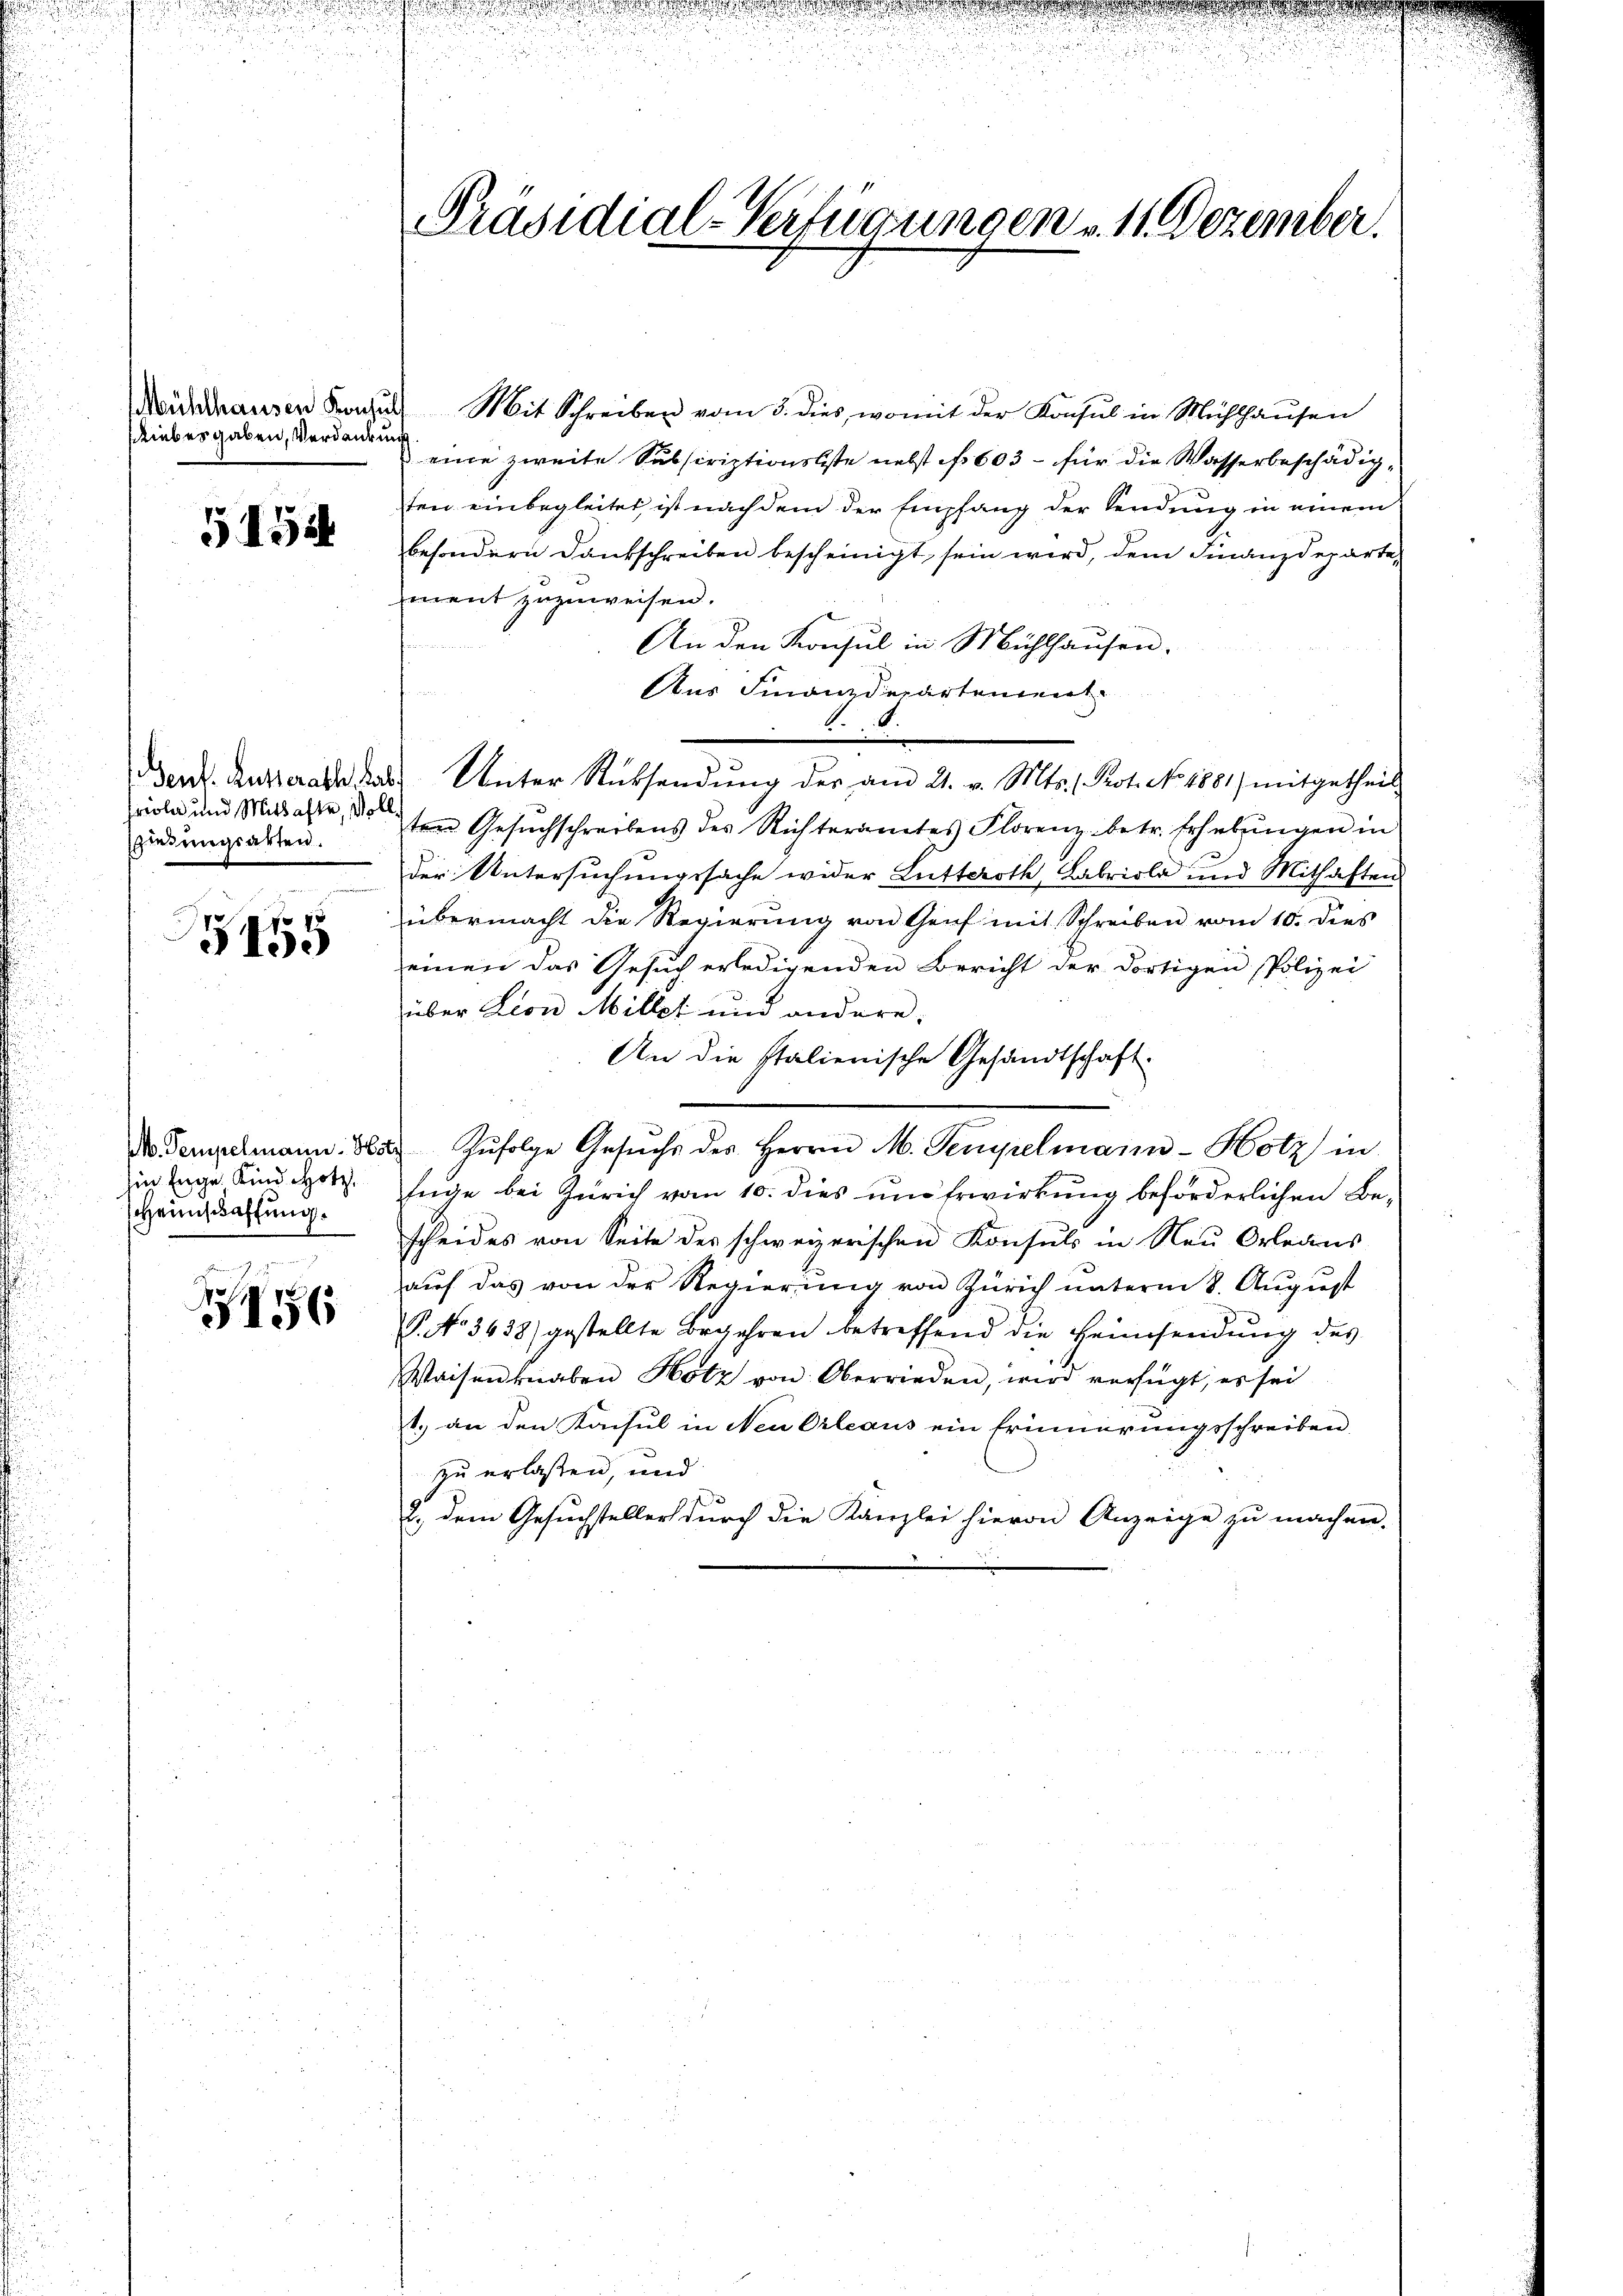
Mühlhausen Konsuls
Riebesgaben, Verdankung

51524

viola und Mithafte, Voll
lesungsarten.

455

hin Enge. Kind Hotz,
HHeimschaffung.

156

Mit Schreiben vom 3. dies, womit der Konsul in Mühlhausen
eine zweite Subscriptionsbeste nebst No 603 - für die Wasserbeschädigten einbegleitet, ist nachdem der Empfang der Sendung in einem
besondern Dankschreiben bescheinigt, sein wird, dem Finanzdepartement zuzuweisen.
An den Konsul in Mühlhausen.
Aus Finanzdepartement
Denkt. Ausserade das Unter Rücksendung der am 21. v. Mts. Prot. No. 1881) mitgetheil
ten Gesuchschreibens des Richteramtes Florenz betr. Erhebungen in
der Untersuchungssache wider Lutteroth, Fabriola und Mithaften
übermacht die Regierung von Genf mit Schreiben vom 10. dies
einen das Gesuch erledigenden Bericht der dortigen Polizei
über Leon Miller und andere.
An die Italienische Gesandtschaft
 Tempelmann. Hotz zŭfolge Gesŭche des Herrn M. Penyelmann-Hotz in
fuge bei Zürich vom 10. dies um Erwirkung beförderlichen Bescheides von Seite der schweizerischen Konsuls in Neu Orleans
auf das von der Regierung von Zürich unterm 8. August
P. No 3438) gestellte Begehren betreffend die Heimsendung des
Waisen knaben Hotz von Oberrieden, wird verfügt, es sei
1. an den Konsul in Neu Orleaus ein Erinnerungsschreiben
zu erlaßen, und
2., dem Gesuchsteller durch die Kanzlei hievon Anzeige zu machen.

Präsidial-Verfügungen u. 11. Dezember.